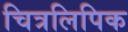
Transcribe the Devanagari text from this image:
चित्रलिपिक